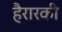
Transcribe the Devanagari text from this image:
हैरारकी